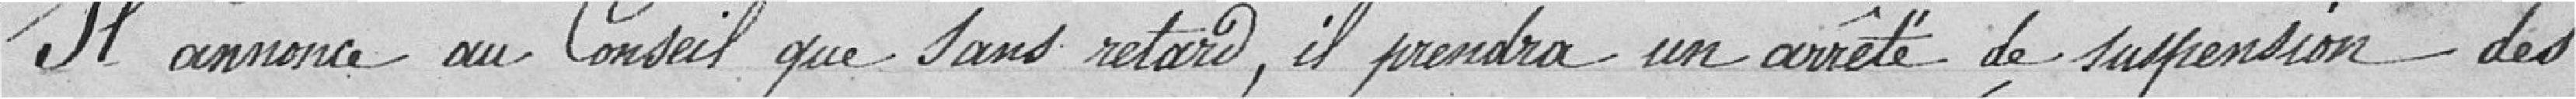
Il annonce au Conseil que sans retard, il prendra un arrêté de suspension des